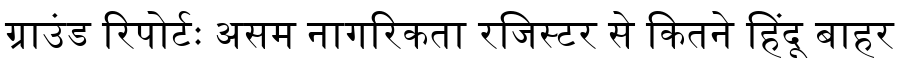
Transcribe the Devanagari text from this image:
ग्राउंड रिपोर्टः असम नागरिकता रजिस्टर से कितने हिंदू बाहर